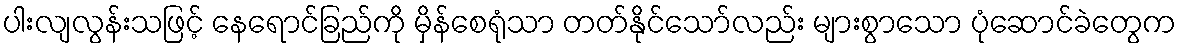
ပါးလျလွန်းသဖြင့် နေရောင်ခြည်ကို မှိန်စေရုံသာ တတ်နိုင်သော်လည်း များစွာသော ပုံဆောင်ခဲတွေက